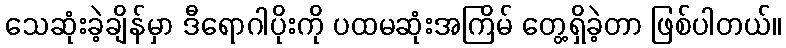
သေဆုံးခဲ့ချိန်မှာ ဒီရောဂါပိုးကို ပထမဆုံးအကြိမ် တွေ့ရှိခဲ့တာ ဖြစ်ပါတယ်။